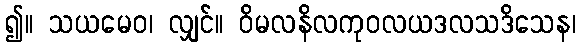
၍။ သယမေဝ၊ လျှင်။ ဝိမလနိလကုဝလယဒလသဒိသေန၊